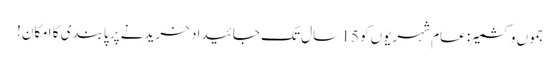
جموں وکشمیر: عام شہریوں کو 15 سال تک جائیداد خریدنے پر پابندی کا امکان!